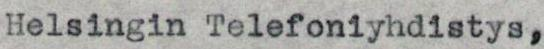
Helsingin Telefoniyhdistys,